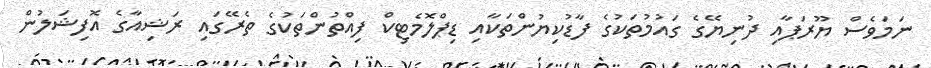
ނަމަވެސް ޔޫރަޕާއި ދުނިޔޭގެ ގައުމުތަކުގެ ފާޑުކިޔުންތަކާއި ޑިޕްލޮމެޓިކް ފިއްތުންތަކުގެ ތެރޭގައި ރަޝިއާގެ އޮފިޝަލުން